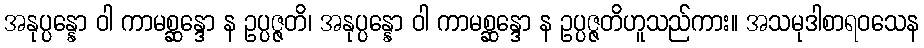
အနုပ္ပန္နော ဝါ ကာမစ္ဆန္ဒော န ဥပ္ပဇ္ဇတိ၊ အနုပ္ပန္နော ဝါ ကာမစ္ဆန္ဒော န ဥပ္ပဇ္ဇတိဟူသည်ကား။ အသမုဒါစာရဝသေန